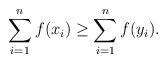
\begin{align*}\sum_{i=1}^{n}f(x_i) \geq \sum_{i=1}^{n}f(y_i).\end{align*}